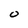
Character: O